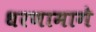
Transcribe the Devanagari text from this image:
धरणामागे